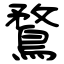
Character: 鶩